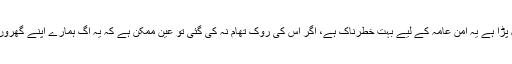
یہ جو غلط رجحان چل پڑا ہے یہ امن عامہ کے لیے بہت خطرناک ہے، اگر اس کی روک تھام نہ کی گئی تو عین ممکن ہے کہ یہ آگ ہمارے اپنے گھروں تک بھی پہنچ جائے۔